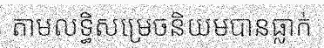
តាមលទ្ធិសម្រេចនិយមបានធ្លាក់